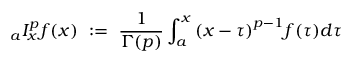
{ } _ { a } I _ { x } ^ { p } f ( x ) ~ : = ~ { \frac { 1 } { \Gamma ( p ) } } \int _ { a } ^ { x } { ( x - \tau ) } ^ { p - 1 } f ( \tau ) d \tau